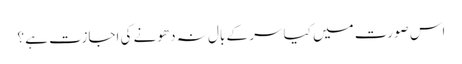
اس صورت میں کیا سر کے بال نہ دھونے کی اجازت ہے ؟